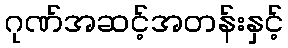
ဂုဏ်အဆင့်အတန်းနှင့်